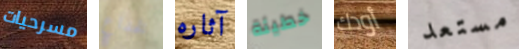
مسرحيات لخداع آثاره خطيئة أودك مستعد